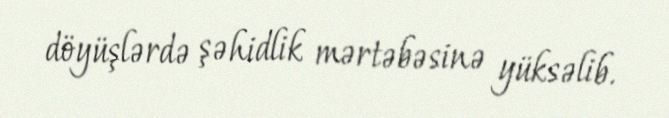
döyüşlərdə şəhidlik mərtəbəsinə yüksəlib.